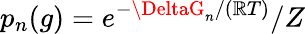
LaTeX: p_{n}(g)=e^{-\DeltaG_{n}/(\mathbb{R}T)}/Z